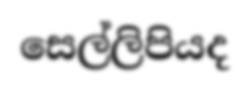
සෙල්ලිපියද